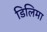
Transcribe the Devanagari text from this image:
डिलिमा